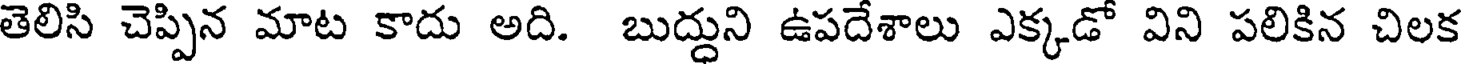
తెలిసి చెప్పిన మాట కాదు అది. బుద్ధుని ఉపదేశాలు ఎక్కడో విని పలికిన చిలక